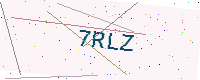
Text: 7RLZ